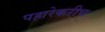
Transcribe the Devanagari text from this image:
पहारेकरीच